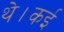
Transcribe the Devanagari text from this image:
थे।कई